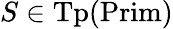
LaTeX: S\in{\mathrm{Tp}}({\mathrm{Prim}})